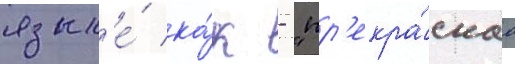
язык'е́ ка́к - "пр'екра́снаа